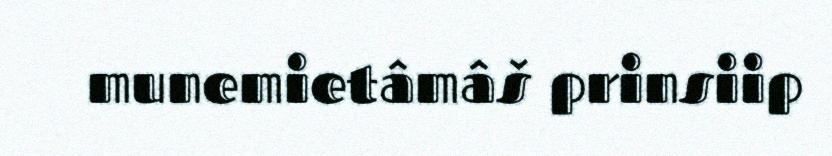
munemietâmâš prinsiip